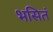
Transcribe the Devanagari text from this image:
भसितं